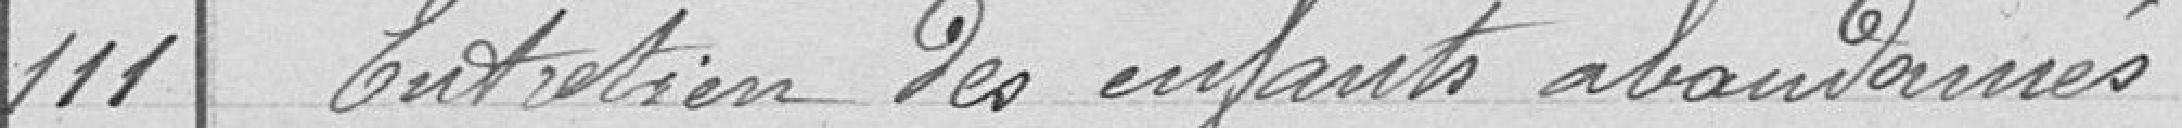
111 Entretien des enfants abandonnés